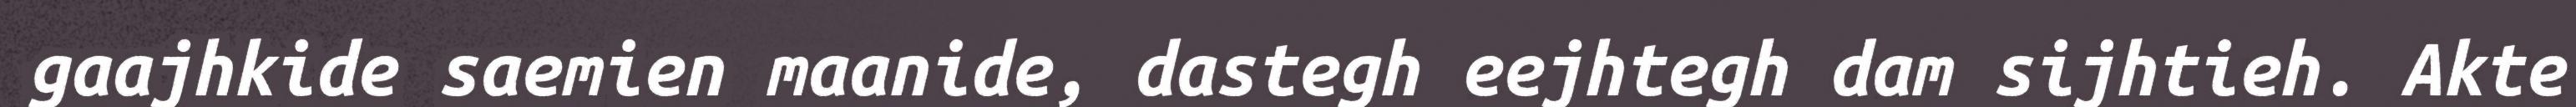
gaajhkide saemien maanide, dastegh eejhtegh dam sijhtieh. Akte